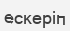
ескеріп